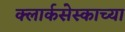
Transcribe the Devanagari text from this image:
क्लार्कसेस्काच्या